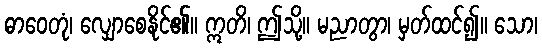
ဓာဝေတုံ၊ လျှောစေနိုင်၏။ ဣတိ၊ ဤသို့။ မညာတွာ၊ မှတ်ထင်၍။ သော၊